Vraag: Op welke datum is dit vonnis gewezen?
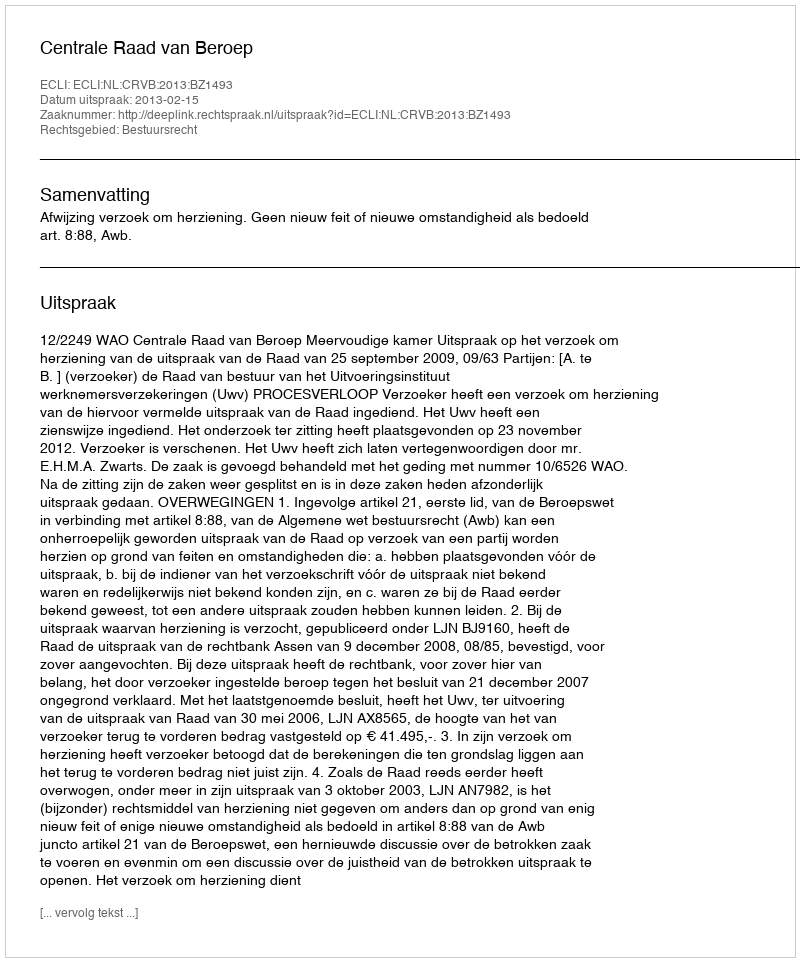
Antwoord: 2013-02-15